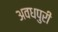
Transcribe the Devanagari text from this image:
अवधपुरी